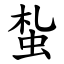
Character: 蚻